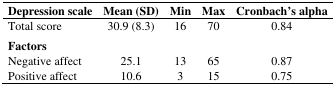
<table><thead><tr><td><b>Depression scale</b></td><td><b>Mean (SD)</b></td><td><b>Min</b></td><td><b>Max</b></td><td><b>Cronbach&#x27;s alpha</b></td></tr></thead><tbody><tr><td>Total score</td><td>30.9 (8.3)</td><td>16</td><td>70</td><td>0.84</td></tr><tr><td><b>Factors</b></td><td></td><td></td><td></td><td></td></tr><tr><td>Negative affect</td><td>25.1</td><td>13</td><td>65</td><td>0.87</td></tr><tr><td>Positive affect</td><td>10.6</td><td>3</td><td>15</td><td>0.75</td></tr></tbody></table>